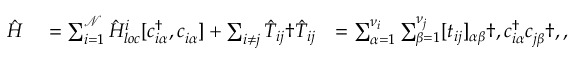
\begin{array} { r l r } { \hat { H } } & { { } = \sum _ { i = 1 } ^ { \mathcal { N } } \hat { H } _ { l o c } ^ { i } [ c _ { i \alpha } ^ { \dagger } , c _ { i \alpha } ^ { \phantom { \dagger } } ] + \sum _ { i \neq j } \hat { T } _ { i j } \dag \hat { T } _ { i j } } & { = \sum _ { \alpha = 1 } ^ { \nu _ { i } } \sum _ { \beta = 1 } ^ { \nu _ { j } } [ t _ { i j } ] _ { \alpha \beta } \dag , c _ { i \alpha } ^ { \dagger } c _ { j \beta } ^ { \phantom { \dagger } } \dag , , } \end{array}